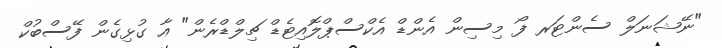
"ނޭޝަނަލް ސެންޓަރ ފޯ މިސިން އެންޑް އެކްސްޕްލޮއިޓެޑް ޗިލްޑްރެން" އާ ގުޅިގެން ފޭސްބުކް